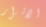
الاشرار